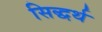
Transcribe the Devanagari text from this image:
सिद्धर्थ